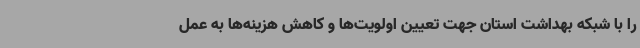
را با شبکه بهداشت استان جهت تعیین اولویت‌ها و کاهش هزینه‌ها به عمل